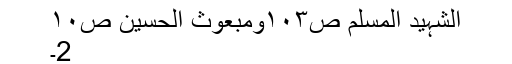
الشہید المسلم ص١٠٣ومبعوث الحسین ص١٠
2۔